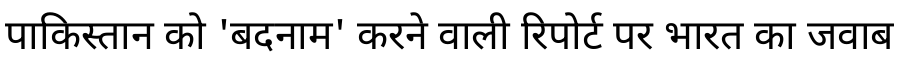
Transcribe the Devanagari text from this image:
पाकिस्तान को 'बदनाम' करने वाली रिपोर्ट पर भारत का जवाब